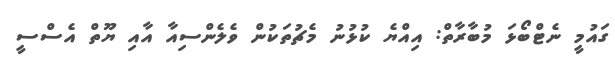
ގައުމީ ނެޓްބޯޅަ މުބާރާތް: އިއްޔެ ކުޅުނު މެޗުތަކުން ވެލެންސިއާ އާއި ޔޫތް އެސްސީ